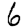
Digit: 6